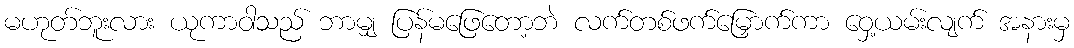
မဟုတ်ဘူးလား ယုကာဝါသည် ဘာမျှ ပြန်မဖြေတော့ဘဲ လက်တစ်ဖက်မြှောက်ကာ ဝှေ့ယမ်းလျက် အနားမှ